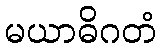
မယာဓိဂတံ